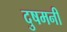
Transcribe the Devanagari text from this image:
दुषमनी